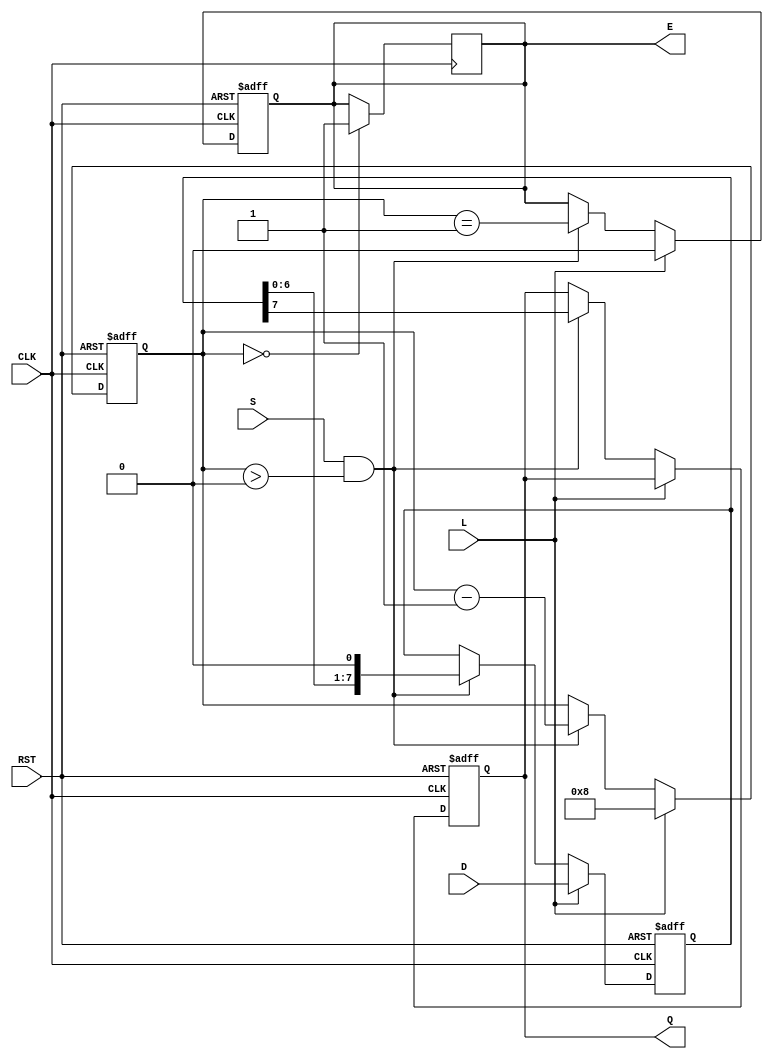
module PISO_Register #(
    parameter n = 8  // Width of the register (number of bits)
)(
    input wire [n-1:0] D,     // Data inputs
    input wire L,             // Load signal
    input wire CLK,           // Clock signal
    input wire S,             // Shift signal
    input wire RST,           // Asynchronous reset signal
    output reg Q,             // Serial output
    output reg E              // Empty signal
);

    reg [n-1:0] SR;           // Shift register
    reg [3:0] counter;        // Counter for tracking shifted bits (optional)

    // Asynchronous reset and loading data
    always @(posedge CLK or posedge RST) begin
        if (RST) begin
            SR <= 0;          // Clear the shift register
            counter <= 0;     // Reset counter
            Q <= 0;           // Clear serial output
            E <= 1;           // Set empty signal
        end else if (L) begin
            SR <= D;          // Load data into shift register
            counter <= n;     // Set counter to the width of the data
            E <= 0;           // Clear empty signal
        end else if (S && counter > 0) begin
            Q <= SR[n-1];     // Output the MSB of the shift register
            SR <= {SR[n-2:0], 1'b0}; // Shift right
            counter <= counter - 1; // Decrement counter
            E <= (counter == 1); // Set empty signal if counter reaches 1
        end
    end

    // Optional: Set empty signal when the shift register is empty
    always @(posedge CLK) begin
        if (counter == 0) begin
            E <= 1;           // Set empty signal when no bits left to shift
        end
    end

endmodule